Scottish Leaving Certificate Examination, 1953
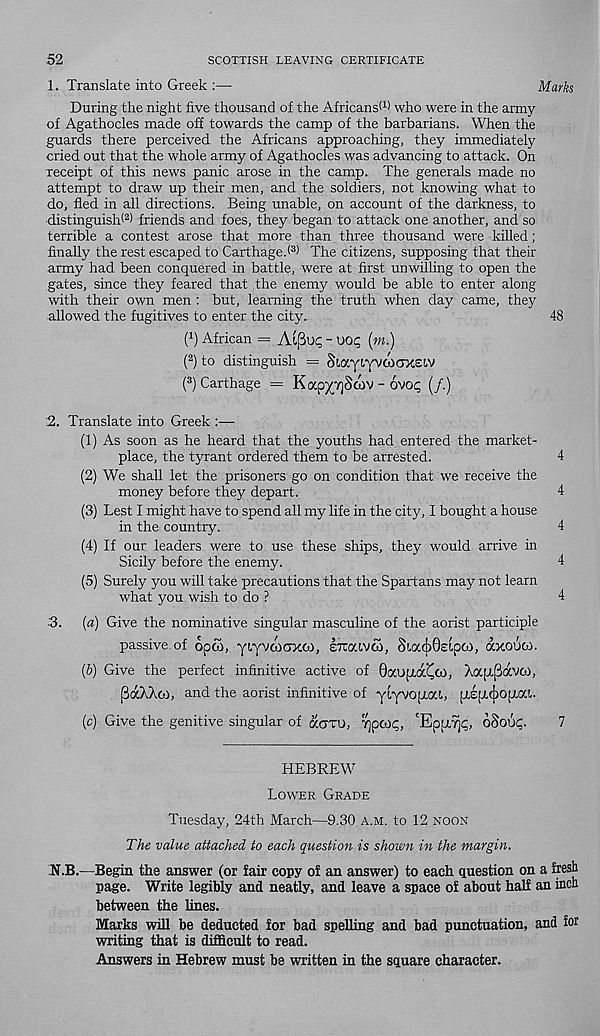
52
SCOTTISH LEAVING CERTIFICATE
1. Translate into Greek :—■
Marks
During the night five thousand of the Africans 11 ' who were in the army
of Agathocles made off towards the camp of the barbarians. When the
guards there perceived the Africans approaching, they immediately
cried out that the whole army of Agathocles was advancing to attack. On
receipt of this news panic arose in the camp. The generals made no
attempt to draw up their men, and the soldiers, not knowing what to
do, fled in all directions. Being unable, on account of the darkness, to
-distinguish* 2 ) friends and foes, they began to attack one another, and so
terrible a contest arose that more than three thousand were killed;
finally the rest escaped to Carthage.* 3 ) The citizens, supposing that their
army had been conquered in battle, were at first unwilling to open the
gates, since they feared that the enemy would be able to enter along
with their own men : but, learning the truth when day came, they
allowed the fugitives to enter the city.
48
P) African = At[3uq - uoq (m.)
( 2 ) to distinguish = SiaytYVWCTXEiv
( 3 ) Carthage = K ocpYVjStov - ovoq (/.)
2. Translate into Greek :—
(1) As soon as he heard that the youths had entered the market-
place, the tyrant ordered them to be arrested.
4
(2) We shall let the prisoners go on condition that we receive the
money before they depart.
4
(3) Lest I might have to spend all my life in the city, I bought a house
in the country.
4
(4) If our leaders were to use these ships, they would arrive in
Sicily before the enemy.
4
(5) Surely you will take precautions that the Spartans may not learn
what you wish to do ?
4
3. (a) Give the nominative singular masculine of the aorist participle
passive, of open, yLYvaitTxw, eTcoavco, SioabOcipo), axouco.
(6) Give the perfect infinitive active of Oaupidc^co, XapL^avco,
[BaAXco, and the aorist infinitive of
[Jtipuj)0[J.a[,.
(c) Give the genitive singular of aoxu, Tjpooq, 'Eppi^q, 6Sou?.
7
HEBREW
Lower Grade
Tuesday, 24th March—9.30 a.m. to 12 noon
The value attached to each question is shown in the margin.
N.B.—Begin the answer (or fair copy of an answer) to each question on a fresh
page. Write legibly and neatly, and leave a space of about half an inch
between the lines.
Marks will be deducted for bad spelling and bad punctuation, and for
writing that is difficult to read.
Answers in Hebrew must be written in the square character.